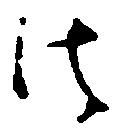
法